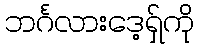
ဘင်္ဂလားဒေ့ရှ်ကို